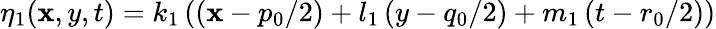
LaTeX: \eta_{1}(\mathbf{x},y,t)=k_{1}\left(\left(\mathbf{x}-{p_{0}}/{2}\right)+l_{1}\left(y-{q_{0}}/{2}\right)+m_{1}\left(t-{r_{0}}/{2}\right)\right)